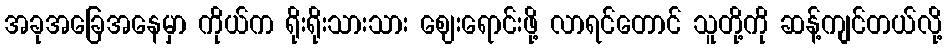
အခုအခြေအနေမှာ ကိုယ်က ရိုးရိုးသားသား ဈေးရောင်းဖို့ လာရင်တောင် သူတို့ကို ဆန့်ကျင်တယ်လို့